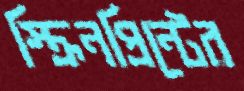
স্ক্রিনপ্রিন্টের